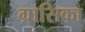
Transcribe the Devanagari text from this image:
ग्रासिका